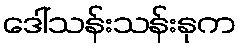
ဒေါ်သန်းသန်းနုက